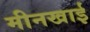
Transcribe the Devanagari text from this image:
मीनखाई